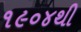
૧૯૦૪થી